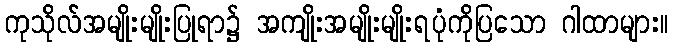
ကုသိုလ်အမျိုးမျိုးပြုရာ၌ အကျိုးအမျိုးမျိုးရပုံကိုပြသော ဂါထာများ။